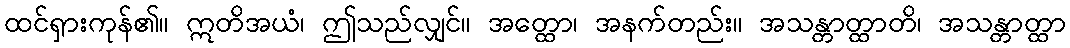
ထင်ရှားကုန်၏။ ဣတိအယံ၊ ဤသည်လျှင်။ အတ္ထော၊ အနက်တည်း။ အသန္တာတ္ထာတိ၊ အသန္တာတ္ထာ